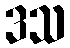
ဒသ